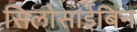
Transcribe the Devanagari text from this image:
सिलोसाईबिन